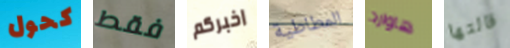
كحول فقط اخبركم المطاطية هاوارد قالتها